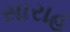
સારાહ